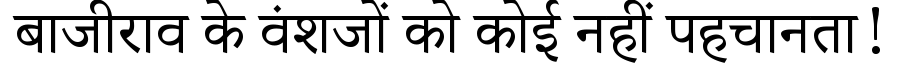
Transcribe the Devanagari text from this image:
बाजीराव के वंशजों को कोई नहीं पहचानता!